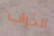
الخراب